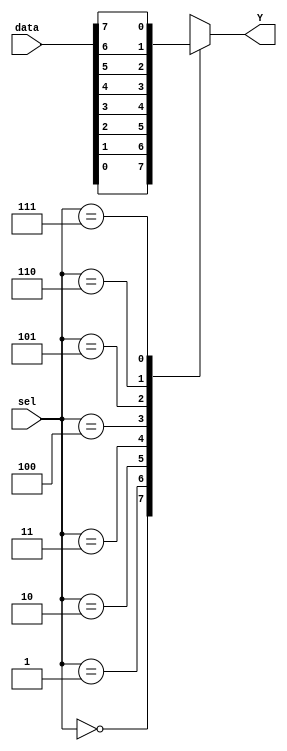
`timescale 1ns / 1ps
//////////////////////////////////////////////////////////////////////////////////
// Company: 
// Engineer: 
// 
// Design Name: 
// Module Name: project
// Project Name: 
// Target Devices: 
// Tool Versions: 
// Description: 
// 
// Dependencies: 
// 
// Revision:
// Revision 0.01 - File Created
// Additional Comments:
// 
//////////////////////////////////////////////////////////////////////////////////


module project(
    input [7:0] data,
    input [2:0] sel,
    output Y

    );
    
    reg tmp;
    
always @(data, sel) begin
    case (sel)
    3'b000:   tmp <= data[0];
    3'b001:   tmp <= data[1];
    3'b010:   tmp <= data[2];
    3'b011:   tmp <= data[3];
    3'b100:   tmp <= data[4];
    3'b101:   tmp <= data[5];
    3'b110:   tmp <= data[6];
    3'b111:   tmp <= data[7];
    default: tmp <= 1'b0;
    endcase
end
assign Y = tmp;
endmodule